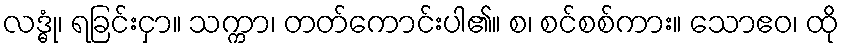
လဒ္ဓုံ၊ ရခြင်းငှာ။ သက္ကာ၊ တတ်ကောင်းပါ၏။ စ၊ စင်စစ်ကား။ သောဧဝ၊ ထို